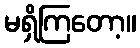
မရှိကြတော့။